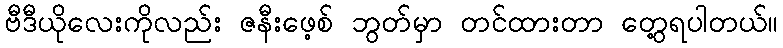
ဗီဒီယိုလေးကိုလည်း ဇနီးဖေ့စ် ဘွတ်မှာ တင်ထားတာ တွေ့ရပါတယ်။